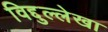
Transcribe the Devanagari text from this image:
विद्दुल्लेखा